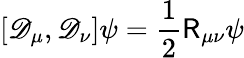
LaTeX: [\mathscr{D}_{\mu},\mathscr{D}_{\nu}]\psi={\frac{{1}}{{2}}}{\mathsf{{R}}}_{\mu\nu}\psi